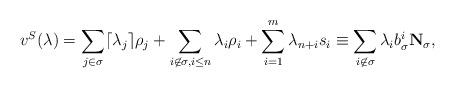
LaTeX: \begin{align*}v^{S}(\lambda)=\sum\limits_{j\in\sigma}\lceil \lambda_{j}\rceil \rho_{j}+\sum\limits_{i\not\in\sigma,i\leq n}\lambda_{i}\rho_{i}+\sum\limits_{i=1}^{m}\lambda_{n+i}s_{i}\equiv \sum\limits_{i\not\in\sigma}\lambda_{i}b^{i}_\sigma \textbf{N}_{\sigma},\end{align*}